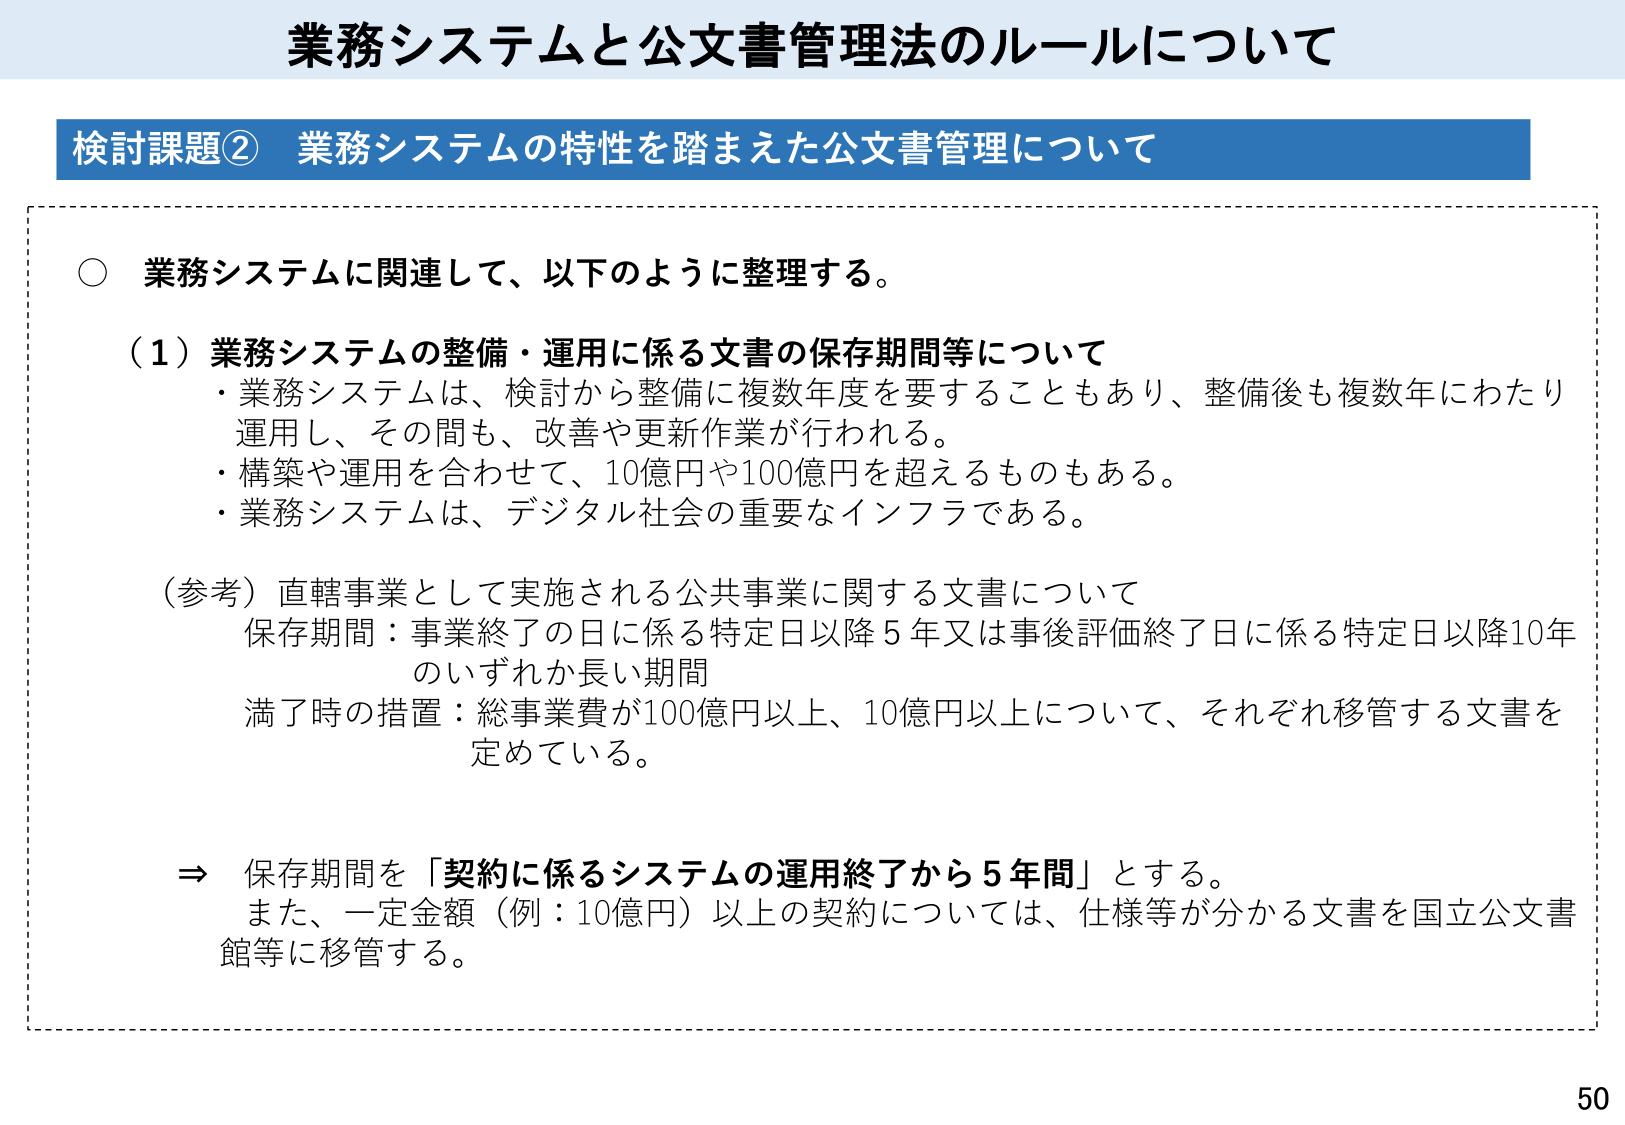
業務システムと公文書管理法のルールについて

検討課題② 業務システムの特性を踏まえた公文書管理について

○ 業務システムに関連して、以下のように整理する。

（１）業務システムの整備・運用に係る文書の保存期間等について
・業務システムは、検討から整備に複数年度を要することもあり、整備後も複数年にわたり運用し、その間も、改善や更新作業が行われる。
・構築や運用を合わせて、10億円や100億円を超えるものもある。
・業務システムは、デジタル社会の重要なインフラである。

（参考）直轄事業として実施される公共事業に関する文書について
保存期間：事業終了の日に係る特定日以降5年又は事後評価終了日に係る特定日以降10年のいずれか長い期間
満了時の措置：総事業費が100億円以上、10億円以上について、それぞれ移管する文書を定めている。

⇒ 保存期間を「契約に係るシステムの運用終了から5年間」とする。
また、一定金額（例：10億円）以上の契約については、仕様等が分かる文書を国立公文書館等に移管する。

50